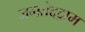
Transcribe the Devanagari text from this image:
जगतेदद्राम